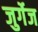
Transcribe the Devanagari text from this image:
जुर्गेज